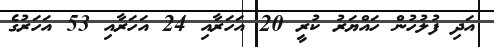
އަދި ފުލުހުން ހައްޔަރު ކުރީ 20 އަހަރާއި 24 އަހަރާއި 53 އަހަރުގެ